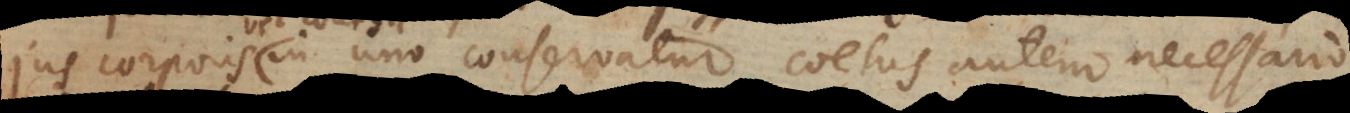
vel collegii in uno conservatur, coetus autem necessario